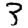
Digit: 3